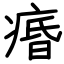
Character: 痻